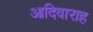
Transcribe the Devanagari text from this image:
आदिवाराह